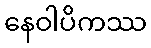
နေဝါပိကဿ